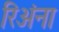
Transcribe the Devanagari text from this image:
रिअंना